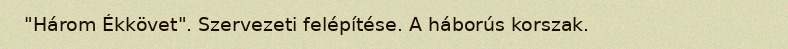
"Három Ékkövet". Szervezeti felépítése. A háborús korszak.